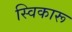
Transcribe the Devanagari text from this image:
स्विकारू